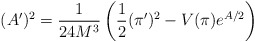
\begin{align*}(A')^2=\frac{1}{24M^3}\left(\frac{1}{2}(\pi')^2-V(\pi)e^{A/2}\right)\end{align*}